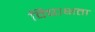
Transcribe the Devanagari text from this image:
विष्पक्षता